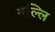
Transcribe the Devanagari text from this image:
मल्लि